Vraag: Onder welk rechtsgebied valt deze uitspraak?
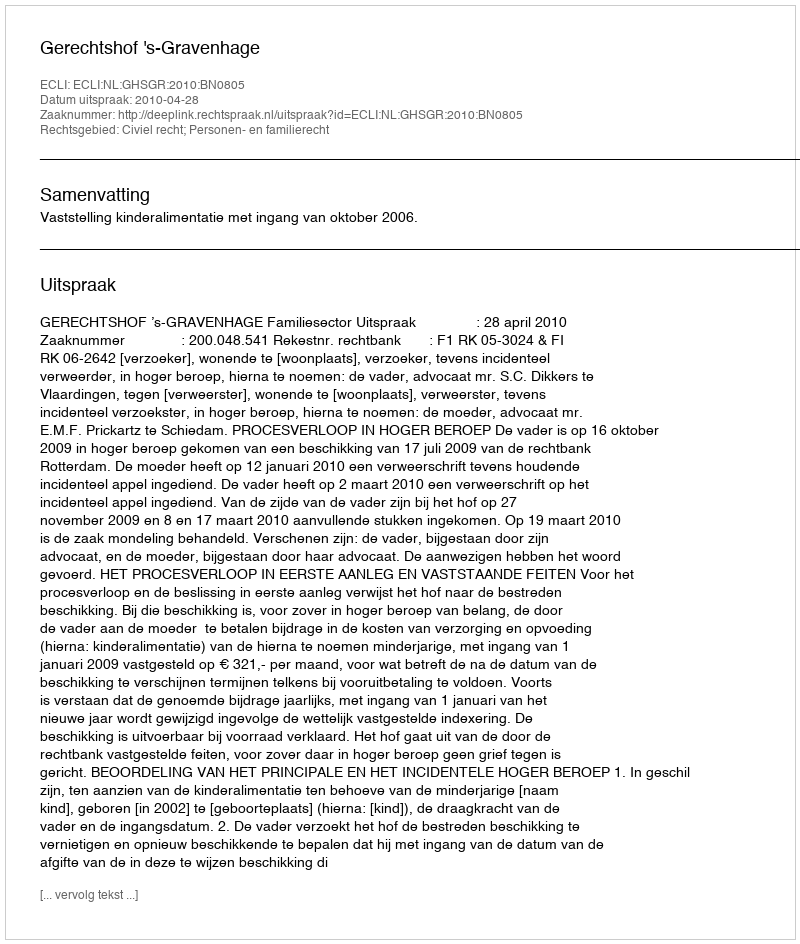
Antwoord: Civiel recht; Personen- en familierecht